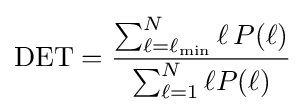
{\text{DET}}={\frac {\sum _{\ell =\ell _{\min }}^{N}\ell \,P(\ell )}{\sum _{\ell =1}^{N}\ell P(\ell )}}